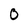
Character: O